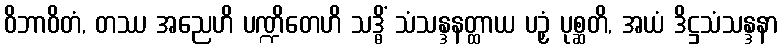
ဝိဘာဝိတံ, တဿ အညေဟိ ပဏ္ဍိတေဟိ သဒ္ဓိံ သံသန္ဒနတ္ထာယ ပဉှံ ပုစ္ဆတိ, အယံ ဒိဋ္ဌသံသန္ဒနာ